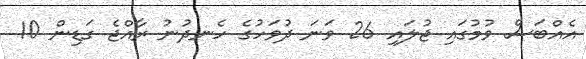
އެއްބަސް ވުމުގައި ޖުލައި 26 ވަނަ ދުވަހުގެ ހެނދުނު ރާއްޖެ ގަޑިން 10